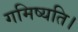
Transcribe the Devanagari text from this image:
गमिष्यति।